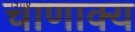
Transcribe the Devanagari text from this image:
चाणाक्य